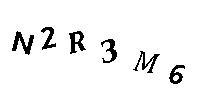
N2R3M6